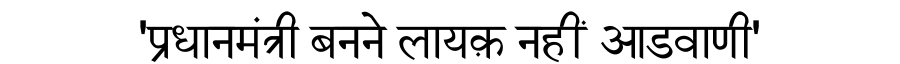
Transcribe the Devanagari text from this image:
'प्रधानमंत्री बनने लायक़ नहीं आडवाणी'